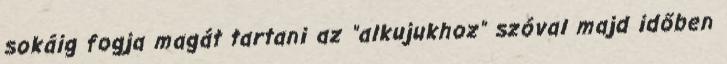
sokáig fogja magát tartani az "alkujukhoz" szóval majd időben